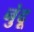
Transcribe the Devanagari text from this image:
नुंदू